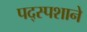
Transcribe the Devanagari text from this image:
पद्स्पशाने